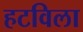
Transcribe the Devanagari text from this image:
हटविला